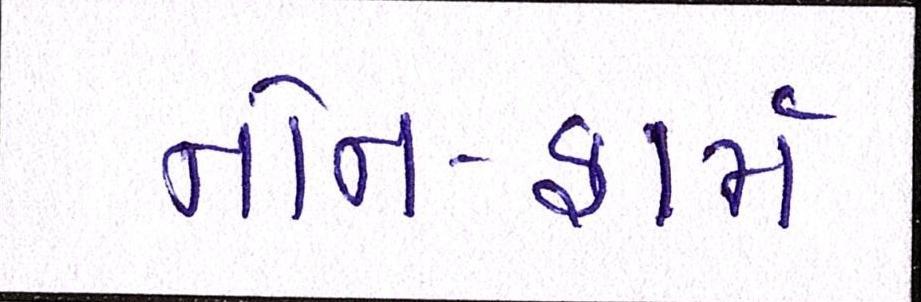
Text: નોન-ફાર્મ